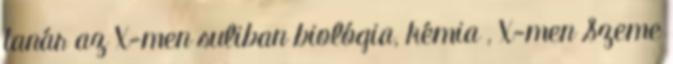
tanár az X-men suliban biológia, kémia , X-men Szeme